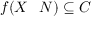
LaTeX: f ( X \setminus N ) \subseteq C